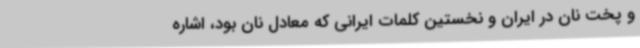
و پخت نان در ایران و نخستین کلمات ایرانی که معادل نان بود، اشاره